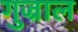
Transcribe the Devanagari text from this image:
गुज्राल